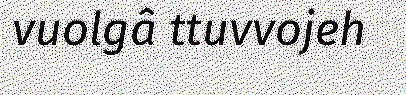
vuolgâ ttuvvojeh